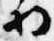
将